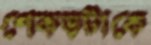
শেকড়টাকে